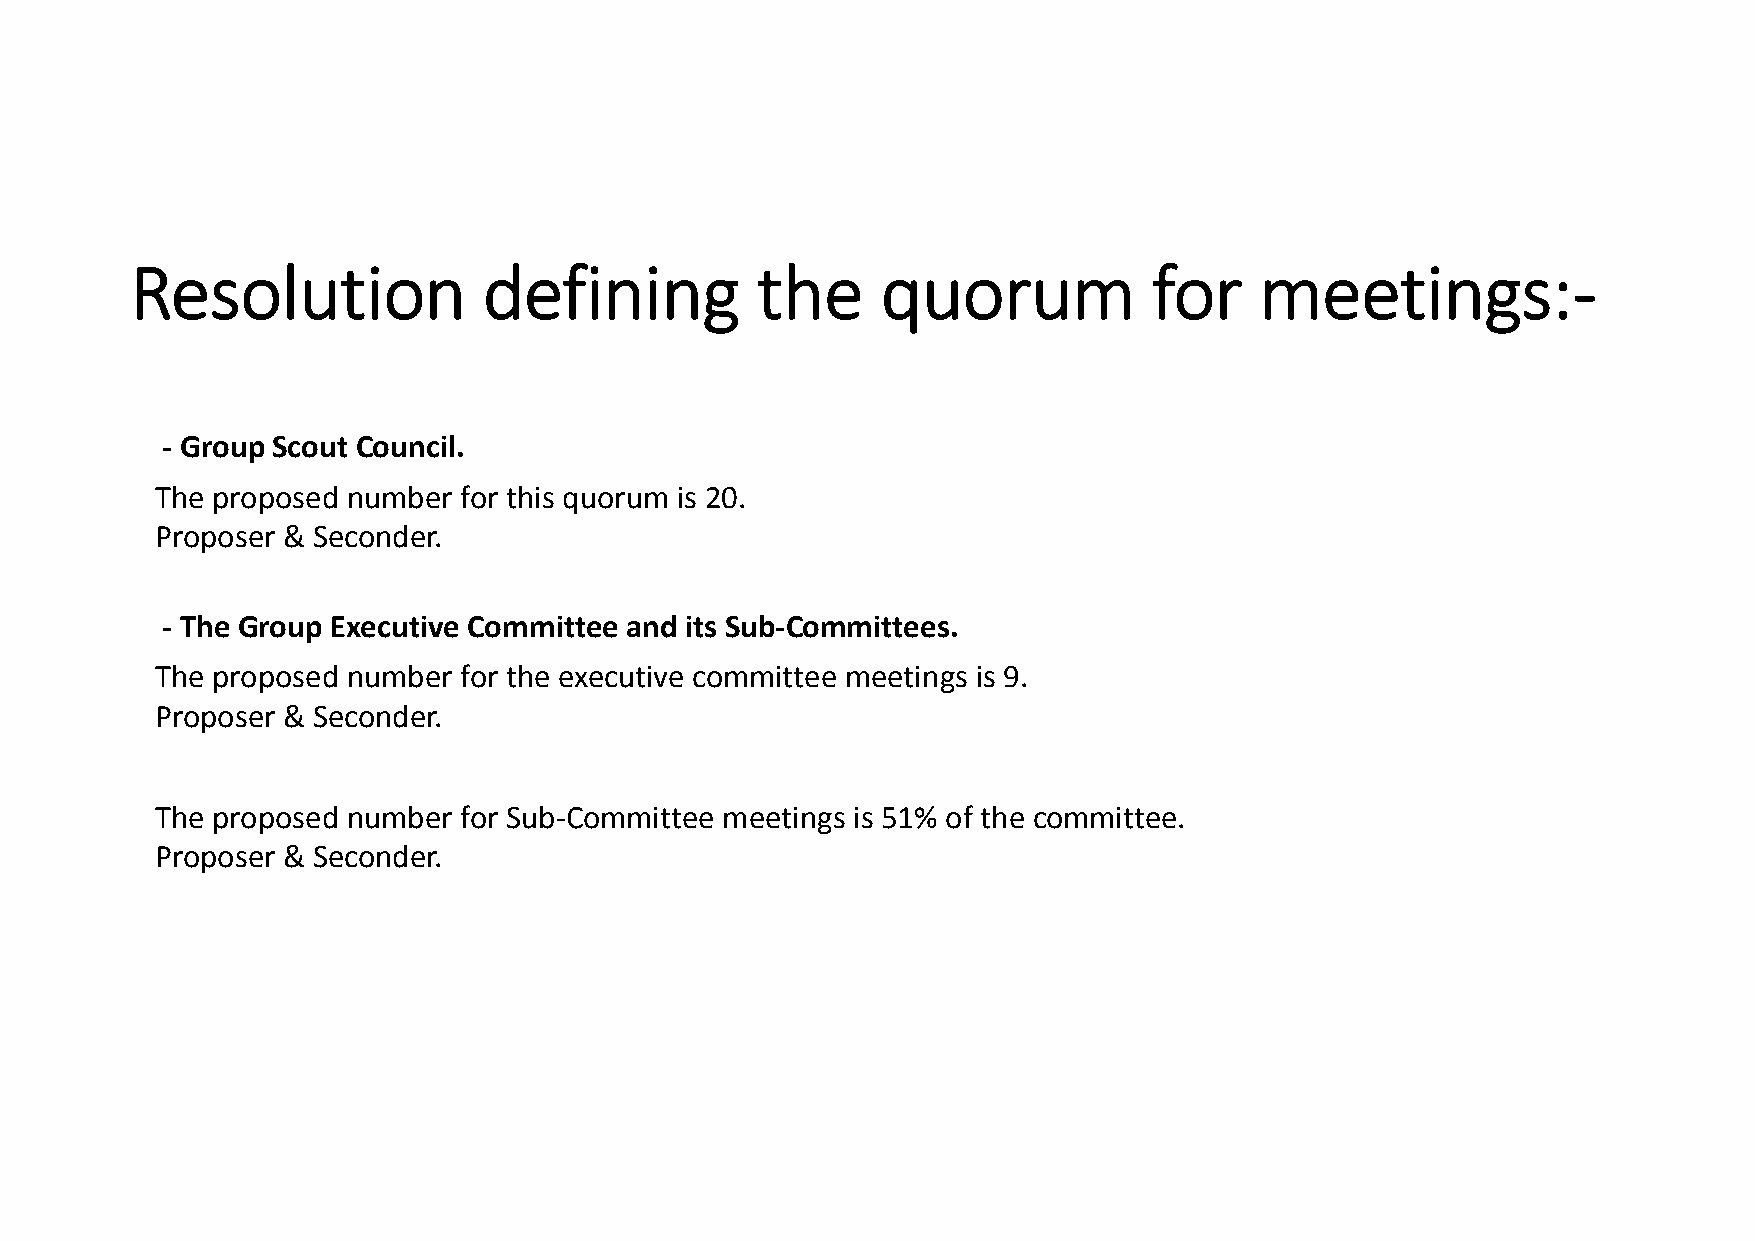
Resolution             defining          the     quorum            for    meetings:‐
 ‐ Group Scout Council.
 The proposed number for this quorum is 20.
 Proposer & Seconder.
 ‐ The Group Executive Committee and its Sub‐Committees.
 The proposed number for the executive committee meetings is 9.
 Proposer & Seconder.
 The proposed number for Sub‐Committee meetings is 51% of the committee.
 Proposer & Seconder.